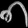
Digit: ၈